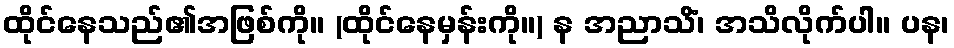
ထိုင်နေသည်၏အဖြစ်ကို။ (ထိုင်နေမှန်းကို။) န အညာသိံ၊ အသိလိုက်ပါ။ ပန၊